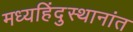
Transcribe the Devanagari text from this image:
मध्यहिंदुस्थानांत